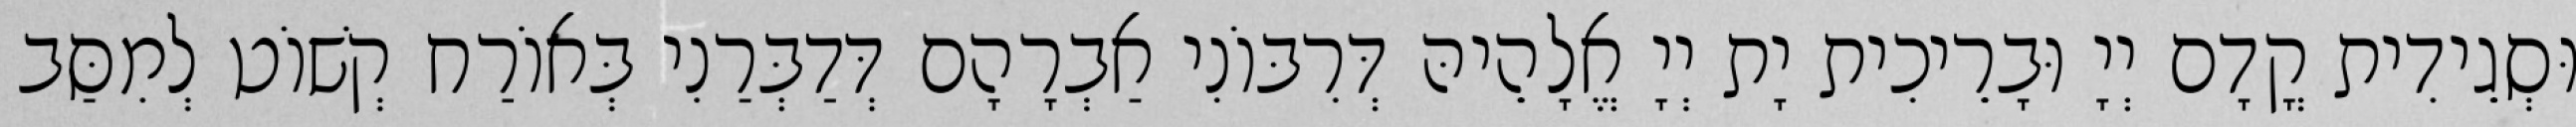
וּסְגֵידִית קֳדָם יְיָ וּבָרֵיכִית יָת יְיָ אֱלָהֵיהּ דְּרִבּוֹנִי אַבְרָהָם דְּדַבְּרַנִי בְּאוֹרַח קְשׁוֹט לְמִסַּב